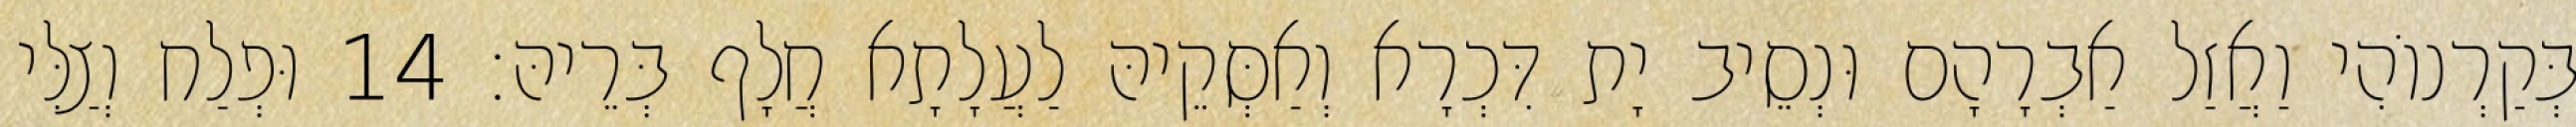
בְּקַרְנוֹהִי וַאֲזַל אַבְרָהָם וּנְסֵיב יָת דִּכְרָא וְאַסְּקֵיהּ לַעֲלָתָא חֲלָף בְּרֵיהּ׃ 14 וּפְלַח וְצַלִּי